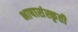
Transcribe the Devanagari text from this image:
भाषासंस्कृती